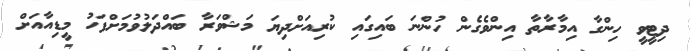
ދިޓީވީ ހިންގާ އިމާރާތާ އިންވެގެން ހުންނަ ބައިގައި ކުރިއަށްދިޔަ މަޝްވަރާ ބައްދަލުވުމަށްފަހު މީޑިއާއަށް